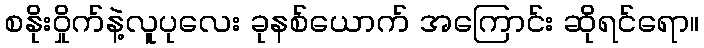
စနိုးဝှိုက်နဲ့လူပုလေး ခုနစ်ယောက် အကြောင်း ဆိုရင်ရော။